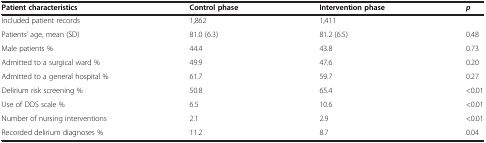
<table><thead><tr><td><b>Patient characteristics</b></td><td><b>Control phase</b></td><td><b>Intervention phase</b></td><td><b><i>p</i></b></td></tr></thead><tbody><tr><td>Included patient records</td><td>1,862</td><td>1,411</td><td> </td></tr><tr><td>Patients’ age, mean (SD)</td><td>81.0 (6.3)</td><td>81.2 (6.5)</td><td>0.48</td></tr><tr><td>Male patients %</td><td>44.4</td><td>43.8</td><td>0.73</td></tr><tr><td>Admitted to a surgical ward %</td><td>49.9</td><td>47.6</td><td>0.20</td></tr><tr><td>Admitted to a general hospital %</td><td>61.7</td><td>59.7</td><td>0.27</td></tr><tr><td>Delirium risk screening %</td><td>50.8</td><td>65.4</td><td>&lt;0.01</td></tr><tr><td>Use of DOS scale %</td><td>6.5</td><td>10.6</td><td>&lt;0.01</td></tr><tr><td>Number of nursing interventions</td><td>2.1</td><td>2.9</td><td>&lt;0.01</td></tr><tr><td>Recorded delirium diagnoses %</td><td>11.2</td><td>8.7</td><td>0.04</td></tr></tbody></table>